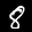
Label: 8